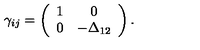
\gamma _ { i j } = \left( \begin{array} { c c } { 1 } & { 0 } \\ { 0 } & { - \Delta _ { 1 2 } } \\ \end{array} \right) .